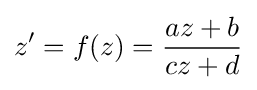
z'=f(z)={\frac {az+b}{cz+d}}